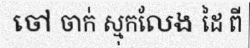
ចៅ ចាក់ ស្មុកលែង ដៃ ពី